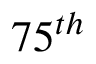
7 5 ^ { t h }